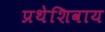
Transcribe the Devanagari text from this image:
प्रथेशिवाय